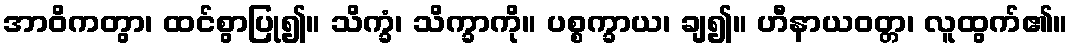
အာဝိကတွာ၊ ထင်စွာပြု၍။ သိက္ခံ၊ သိက္ခာကို။ ပစ္စက္ခာယ၊ ချ၍။ ဟီနာယဝတ္တ၊ လူထွက်၏။